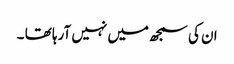
ان کی سمجھ میں نہیں آرہا تھا ۔